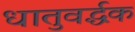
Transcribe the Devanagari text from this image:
धातुवर्द्धक